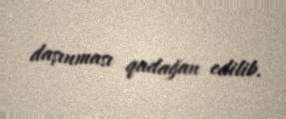
daşınması qadağan edilib.